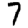
Digit: 7